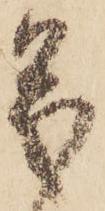
義